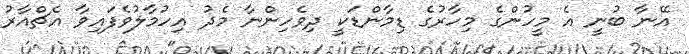
އޭނާ ބުނީ އެ މީހުންގެ މިހާރުގެ ޑިމާންޑަކީ ދިވެހިންނާ މެދު އިހުމާލުވެފައިވާ އެޗްއާރު